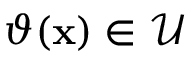
\vartheta ( \mathbf { x } ) \in \mathcal { U }